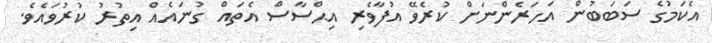
އެކަމުގެ ސަބަބުން އަހަރެންނަށް ކުރެވޭ އުފާވެރި އިޙްސާސް އެތައް ގުނައެއް އިތުރު ކުރުވައެވެ.